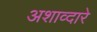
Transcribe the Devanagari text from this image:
अशाव्दारे